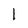
Character: 1